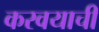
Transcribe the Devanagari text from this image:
करवयाची